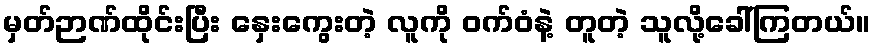
မှတ်ဉာဏ်ထိုင်းပြီး နှေးကွေးတဲ့ လူကို ဝက်ဝံနဲ့ တူတဲ့ သူလို့ခေါ်ကြတယ်။